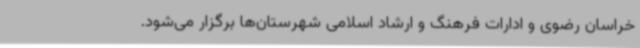
خراسان رضوی و ادارات فرهنگ و ارشاد اسلامی شهرستان‌ها برگزار می‌شود.